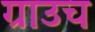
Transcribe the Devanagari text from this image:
ग्राउच